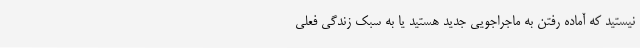
نیستید که آماده رفتن به ماجراجویی جدید هستید یا به سبک زندگی فعلی